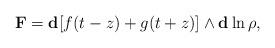
LaTeX: \begin{align*}\mathbf{F} = \mathbf{d}[f(t-z)+g(t+z)] \wedge \mathbf{d}\ln{\rho}, \end{align*}